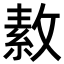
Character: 𪯑